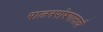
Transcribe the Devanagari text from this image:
पालनपोषणासाठी